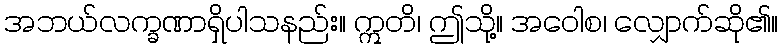
အဘယ်လက္ခဏာရှိပါသနည်း။ ဣတိ၊ ဤသို့။ အဝေါစ၊ လျှောက်ဆို၏။